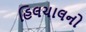
હિલચાલનો